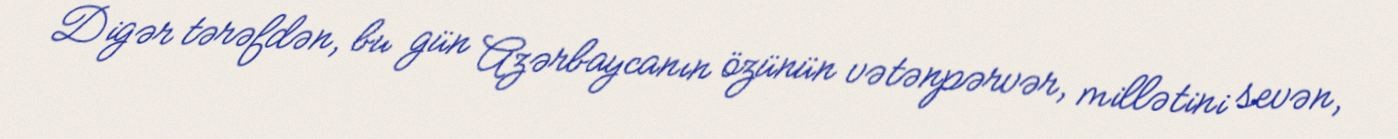
Digər tərəfdən, bu gün Azərbaycanın özünün vətənpərvər, millətini sevən,